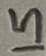
Text: 15